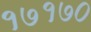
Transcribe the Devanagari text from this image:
१७१७०